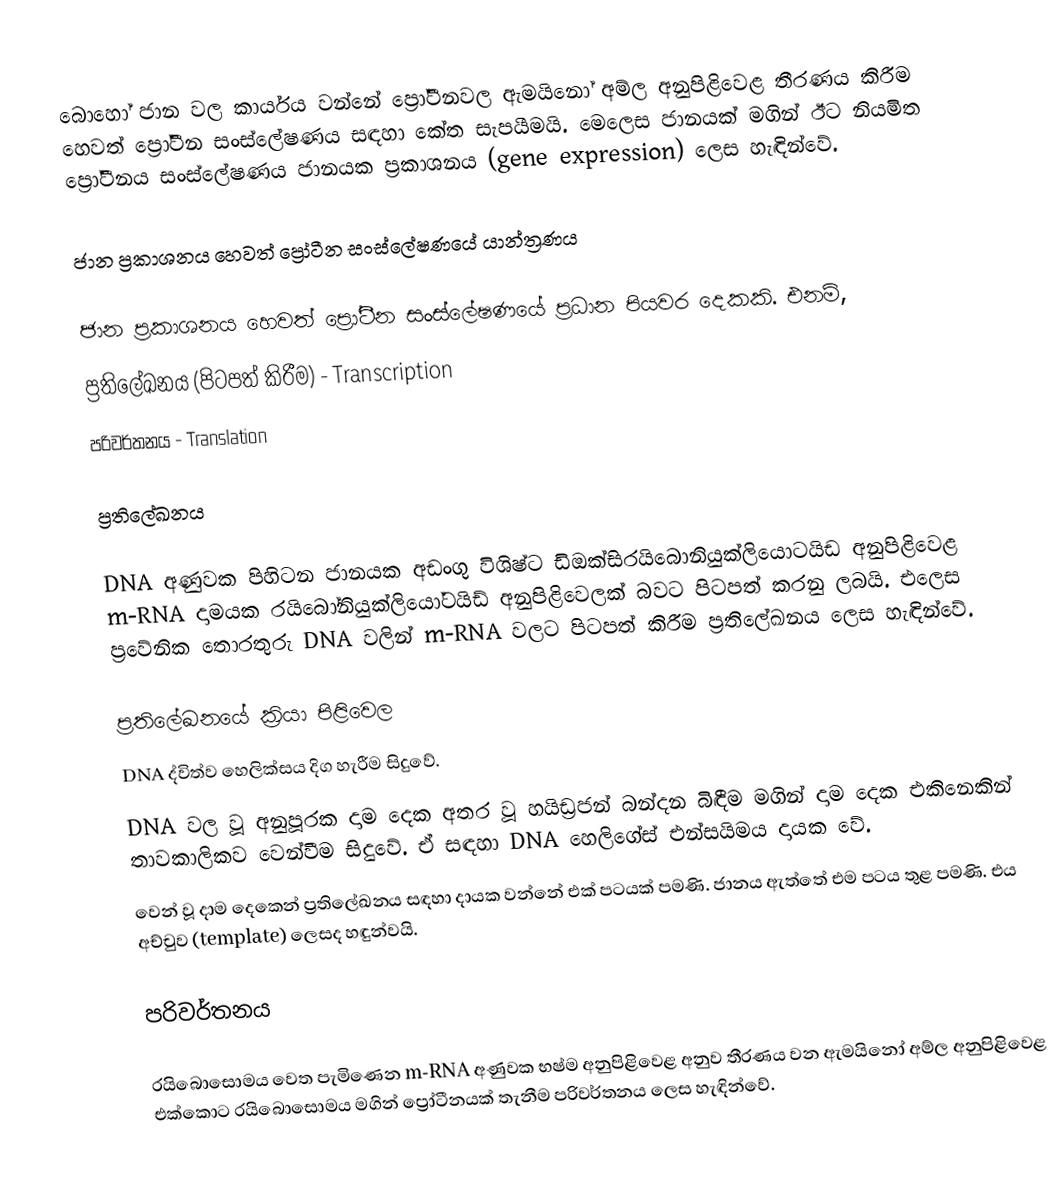
බොහෝ ජාන වල කාර්යය වන්නේ ප්‍රෝටීනවල ඇමයිනෝ අම්ල අනුපිළිවෙළ තීරණය කිරීම හෙවත් ප්‍රෝටීන සංස්ලේෂණය සඳහා කේත සැපයීමයි. මෙලෙස ජානයක් මගින් ඊට නියමිත ප්‍රෝටීනය සංස්ලේෂණය ජානයක ප්‍රකාශනය (gene expression) ලෙස හැඳින්වේ.

ජාන ප්‍රකාශනය හෙවත් ප්‍රෝටීන සංස්ලේෂණයේ යාන්ත්‍රණය

ජාන ප්‍රකාශනය හෙවත් ප්‍රෝටීන සංස්ලේෂණයේ ප්‍රධාන පියවර දෙකකි. එනම්,
ප්‍රතිලේඛනය (පිටපත් කිරීම) - Transcription
පරිවර්තනය - Translation

ප්‍රතිලේඛනය

DNA අණුවක පිහිටන ජානයක අඩංගු විශිෂ්ට ඩිඔක්සිරයිබොනියුක්ලියොටයිඩ අනුපිළිවෙළ m-RNA දාමයක රයිබෝනියුක්ලියෝටයිඩ් අනුපිළිවෙලක් බවට පිටපත් කරනු ලබයි. එලෙස ප්‍රවේනික තොරතුරු DNA වලින් m-RNA වලට පිටපත් කිරීම ප්‍රතිලේඛනය ලෙස හැඳින්වේ.

ප්‍රතිලේඛනයේ ක්‍රියා පිළිවෙල
DNA ද්විත්ව හෙලික්සය දිග හැරීම සිදුවේ.
DNA වල වූ අනුපූරක දාම දෙක අතර වූ හයිඩ්‍රජන් බන්දන බිඳීම මගින් දාම දෙක එකිනෙකින් තාවකාලිකව වෙන්වීම සිදුවේ. ඒ සඳහා DNA හෙලිගේස් එන්සයිමය දායක වේ.
වෙන් වූ දාම දෙකෙන් ප්‍රතිලේඛනය සඳහා දායක වන්නේ එක් පටයක් පමණි. ජානය ඇත්තේ එම පටය තුළ පමණි. එය අච්චුව (template) ලෙසද හඳුන්වයි.

පරිවර්තනය

රයිබොසොමය වෙත පැමිණෙන m-RNA අණුවක භෂ්ම අනුපිළිවෙළ අනුව තීරණය වන ඇමයිනෝ අම්ල අනුපිළිවෙළ එක්කොට රයිබොසොමය මගින් ප්‍රෝටීනයක් තැනීම පරිවර්තනය ලෙස හැඳින්වේ.